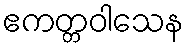
ဧကတ္တဝါသေန